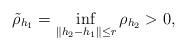
LaTeX: \begin{align*}\tilde \rho_{h_1} = \inf_{\|h_2-h_1\|\leq r} \rho_{h_2} >0,\end{align*}